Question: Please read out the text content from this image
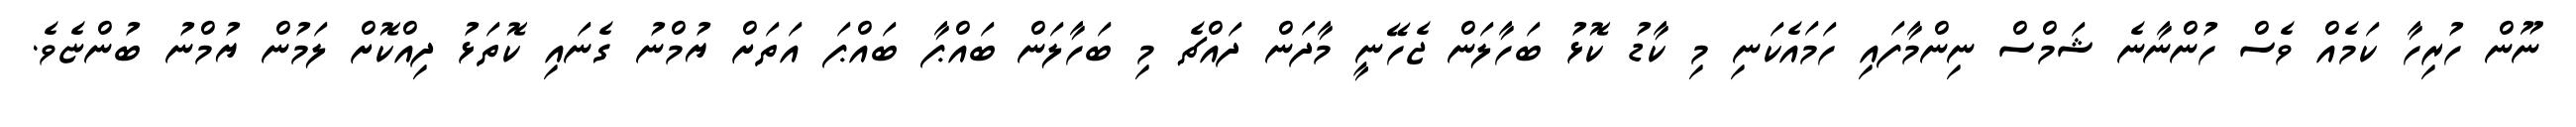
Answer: ނޫން ހުރިހާ ކަމެއް ވެސް ހުންނާނެ ޝަމްސް ނިންމާފައި ހަމައެކަނި މި ކާޑު ކޮޅު ބަހާލަން ޖެހޭނީ މާދަން ދައްޗެ މި ބަހާލަން ބައްޕާ ބައްޕަ އަތަށް ޔުމްނު ގެނައި ކޮތަޅު ދިއްކޮށް ލަމުން ޔުމްނު ބުންޏެވެ.